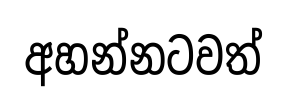
අහන්නටවත්